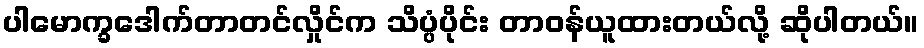
ပါမောက္ခဒေါက်တာတင်လှိုင်က သိပ္ပံပိုင်း တာဝန်ယူထားတယ်လို့ ဆိုပါတယ်။